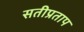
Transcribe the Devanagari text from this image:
सतीप्रताप